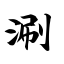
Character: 涮